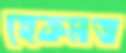
হেকমত